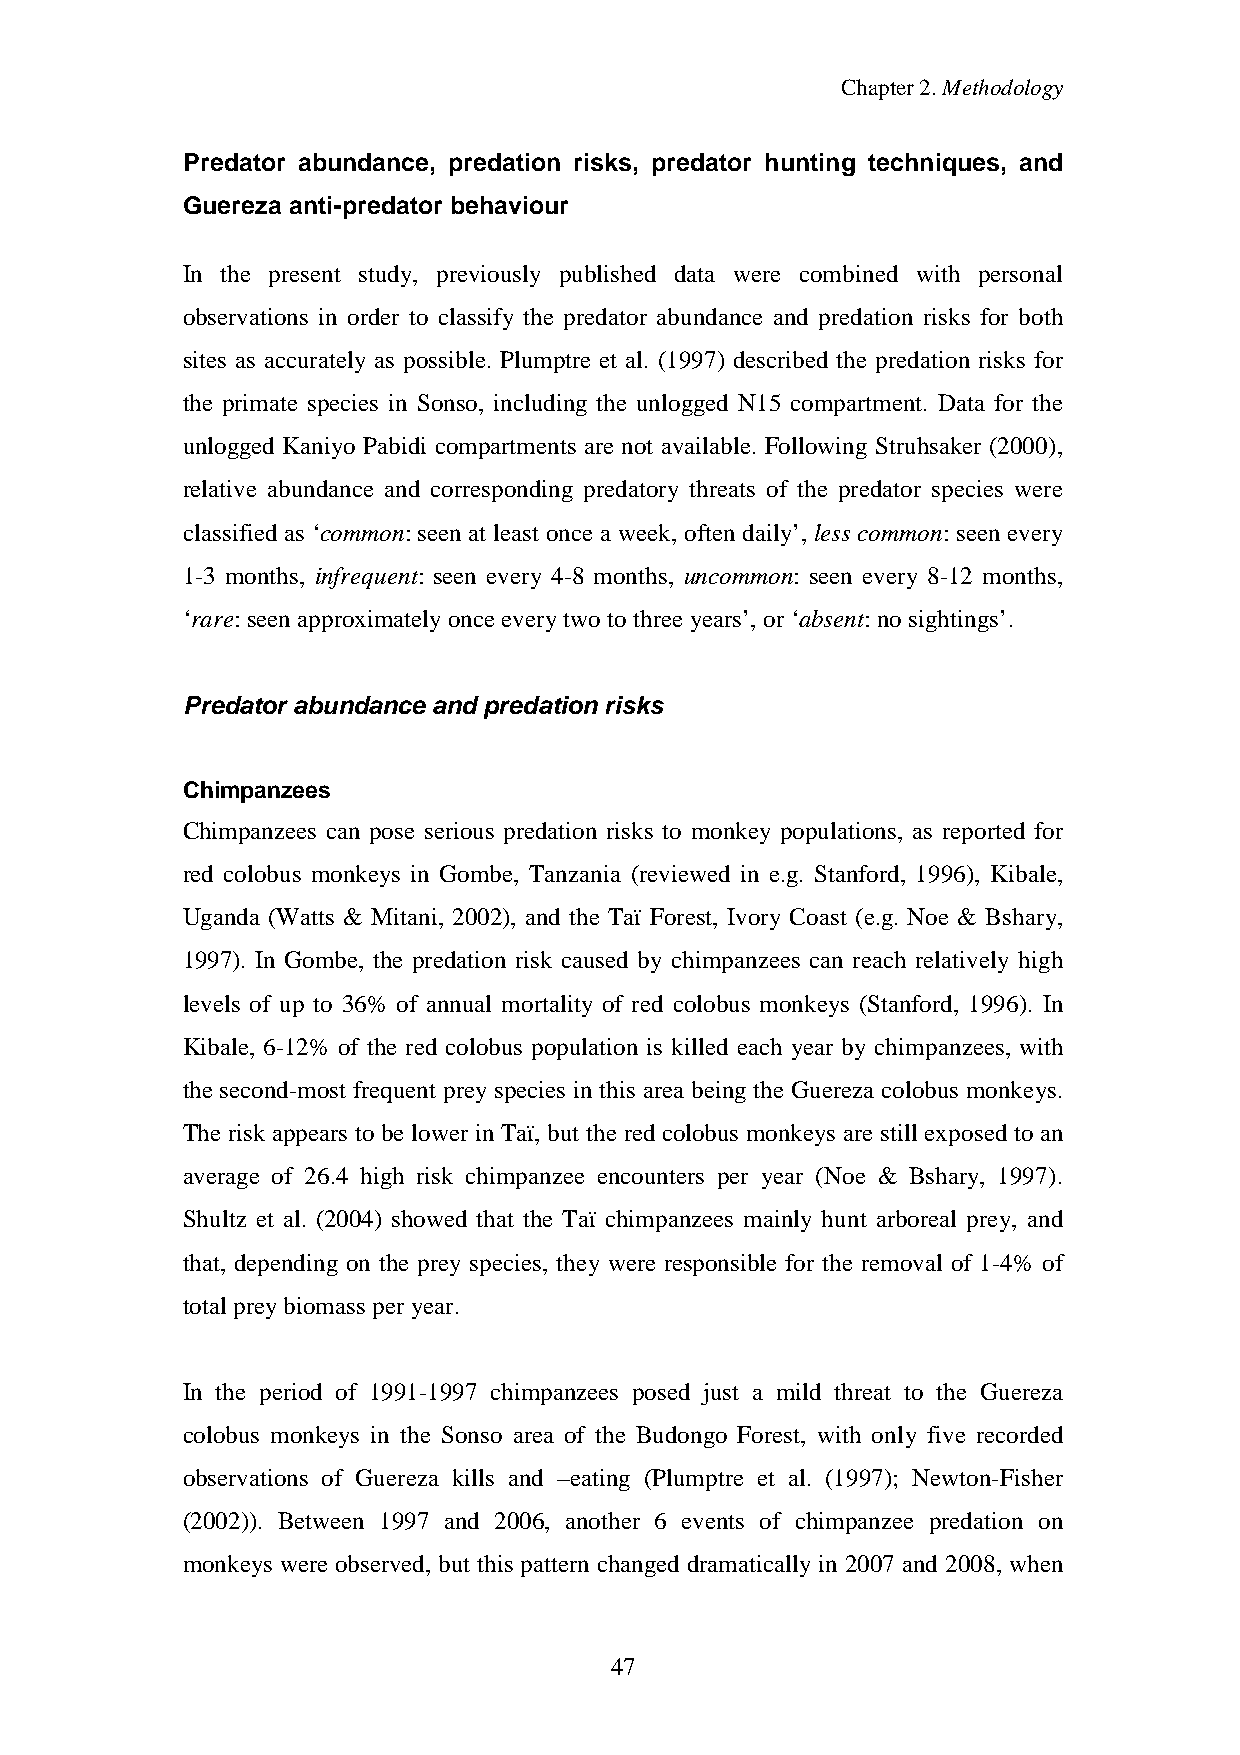
Chapter2.Methodology
 Predator abundance, predation risks, predator hunting techniques, and
 Guereza anti-predator behaviour
 In the present study, previously published data were combined with personal
 observations in order to classify the predator abundance and predation risks for both
 sites as accurately as possible. Plumptre et al. (1997) described the predation risks for
 the primate species in Sonso, including the unlogged N15 compartment. Data for the
 unlogged Kaniyo Pabidi compartments are not available. Following Struhsaker (2000),
 relative abundance and corresponding predatory threats of the predator species were
 classified as ‘common: seen at least once a week, often daily’, less common: seen every
 1-3 months, infrequent: seen every 4-8 months, uncommon: seen every 8-12 months,
 ‘rare: seenapproximatelyonceeverytwotothree years’,or‘absent: nosightings’.
 Predator abundance and predation risks
 Chimpanzees
 Chimpanzees can pose serious predation risks to monkey populations, as reported for
 red colobus monkeys in Gombe, Tanzania (reviewed in e.g. Stanford, 1996), Kibale,
 Uganda (Watts & Mitani, 2002), and the Taï Forest, Ivory Coast (e.g. Noe & Bshary,
 1997). In Gombe, the predation risk caused by chimpanzees can reach relatively high
 levels of up to 36% of annual mortality of red colobus monkeys (Stanford, 1996). In
 Kibale, 6-12% of the red colobus population is killed each year by chimpanzees, with
 the second-most frequent preyspecies in this area being the Guereza colobus monkeys.
 The risk appears to be lower in Taï, but the red colobus monkeys are still exposed to an
 average of 26.4 high risk chimpanzee encounters per year (Noe & Bshary, 1997).
 Shultz et al. (2004) showed that the Taï chimpanzees mainly hunt arboreal prey, and
 that, depending on the prey species, they were responsible for the removal of 1-4% of
 total preybiomass per year.
 In the period of 1991-1997 chimpanzees posed just a mild threat to the Guereza
 colobus monkeys in the Sonso area of the Budongo Forest, with only five recorded
 observations of Guereza kills and –eating (Plumptre et al. (1997); Newton-Fisher
 (2002)). Between 1997 and 2006, another 6 events of chimpanzee predation on
 monkeys were observed, but this pattern changed dramaticallyin 2007 and 2008, when
 47